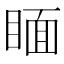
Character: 𥈅